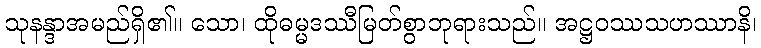
သုနန္ဒာအမည်ရှိ၏။ သော၊ ထိုဓမ္မဒဿီမြတ်စွာဘုရားသည်။ အဋ္ဌဝဿသဟဿာနိ၊